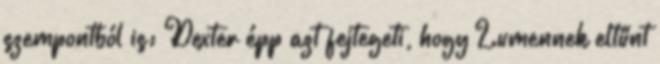
szempontból is: Dexter épp azt fejtegeti, hogy Lumennek eltűnt